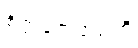
စိတ္တက္လေသေဟိ